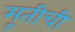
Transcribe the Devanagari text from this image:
मूतीची